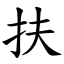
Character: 扶